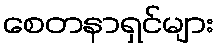
စေတနာရှင်များ